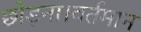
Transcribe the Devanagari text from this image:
छोड़ना।वर्तमान